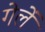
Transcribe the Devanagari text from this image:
गेलें